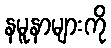
နမူနာများကို